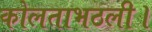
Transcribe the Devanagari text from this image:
कोलताभठली।